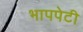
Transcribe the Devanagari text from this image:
भापपेटी